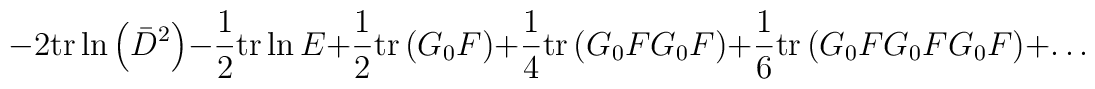
-2\mathrm{tr}\ln\left(\bar{D}^2\right)-\frac{1}{2}\mathrm{tr}\ln E+	\frac{1}{2}\mathrm{tr}\left(G_0F\right)+\frac{1}{4}\mathrm{tr}\left(G_0	FG_0F\right)+\frac{1}{6}\mathrm{tr}\left(G_0FG_0FG_0F\right)+\ldots